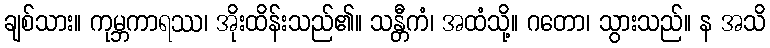
ချစ်သား။ ကုမ္ဘကာရဿ၊ အိုးထိန်းသည်၏။ သန္တီကံ၊ အထံသို့။ ဂတော၊ သွားသည်။ န အသိ